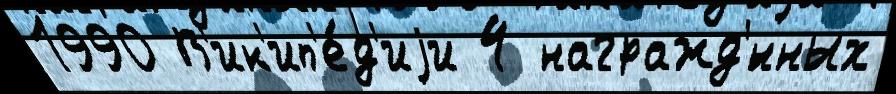
1990 В'ик'ип'е́д'иjи 4 награжд'́нных